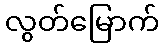
လွတ်မြောက်